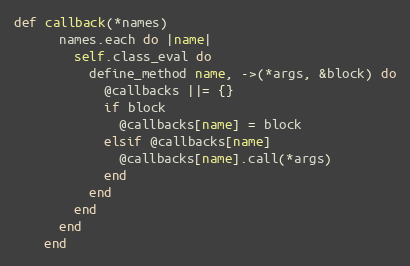
Language: Ruby
def callback(*names)
      names.each do |name|
        self.class_eval do
          define_method name, ->(*args, &block) do
            @callbacks ||= {}
            if block
              @callbacks[name] = block
            elsif @callbacks[name]
              @callbacks[name].call(*args)
            end
          end
        end
      end
    end